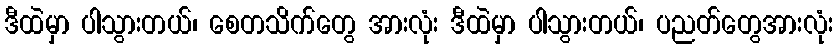
ဒီထဲမှာ ပါသွားတယ်၊ စေတသိက်တွေ အားလုံး ဒီထဲမှာ ပါသွားတယ်၊ ပညတ်တွေအားလုံး